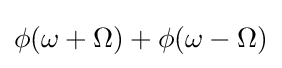
\phi (\omega +\Omega )+\phi (\omega -\Omega )